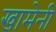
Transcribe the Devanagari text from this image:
खामेनी